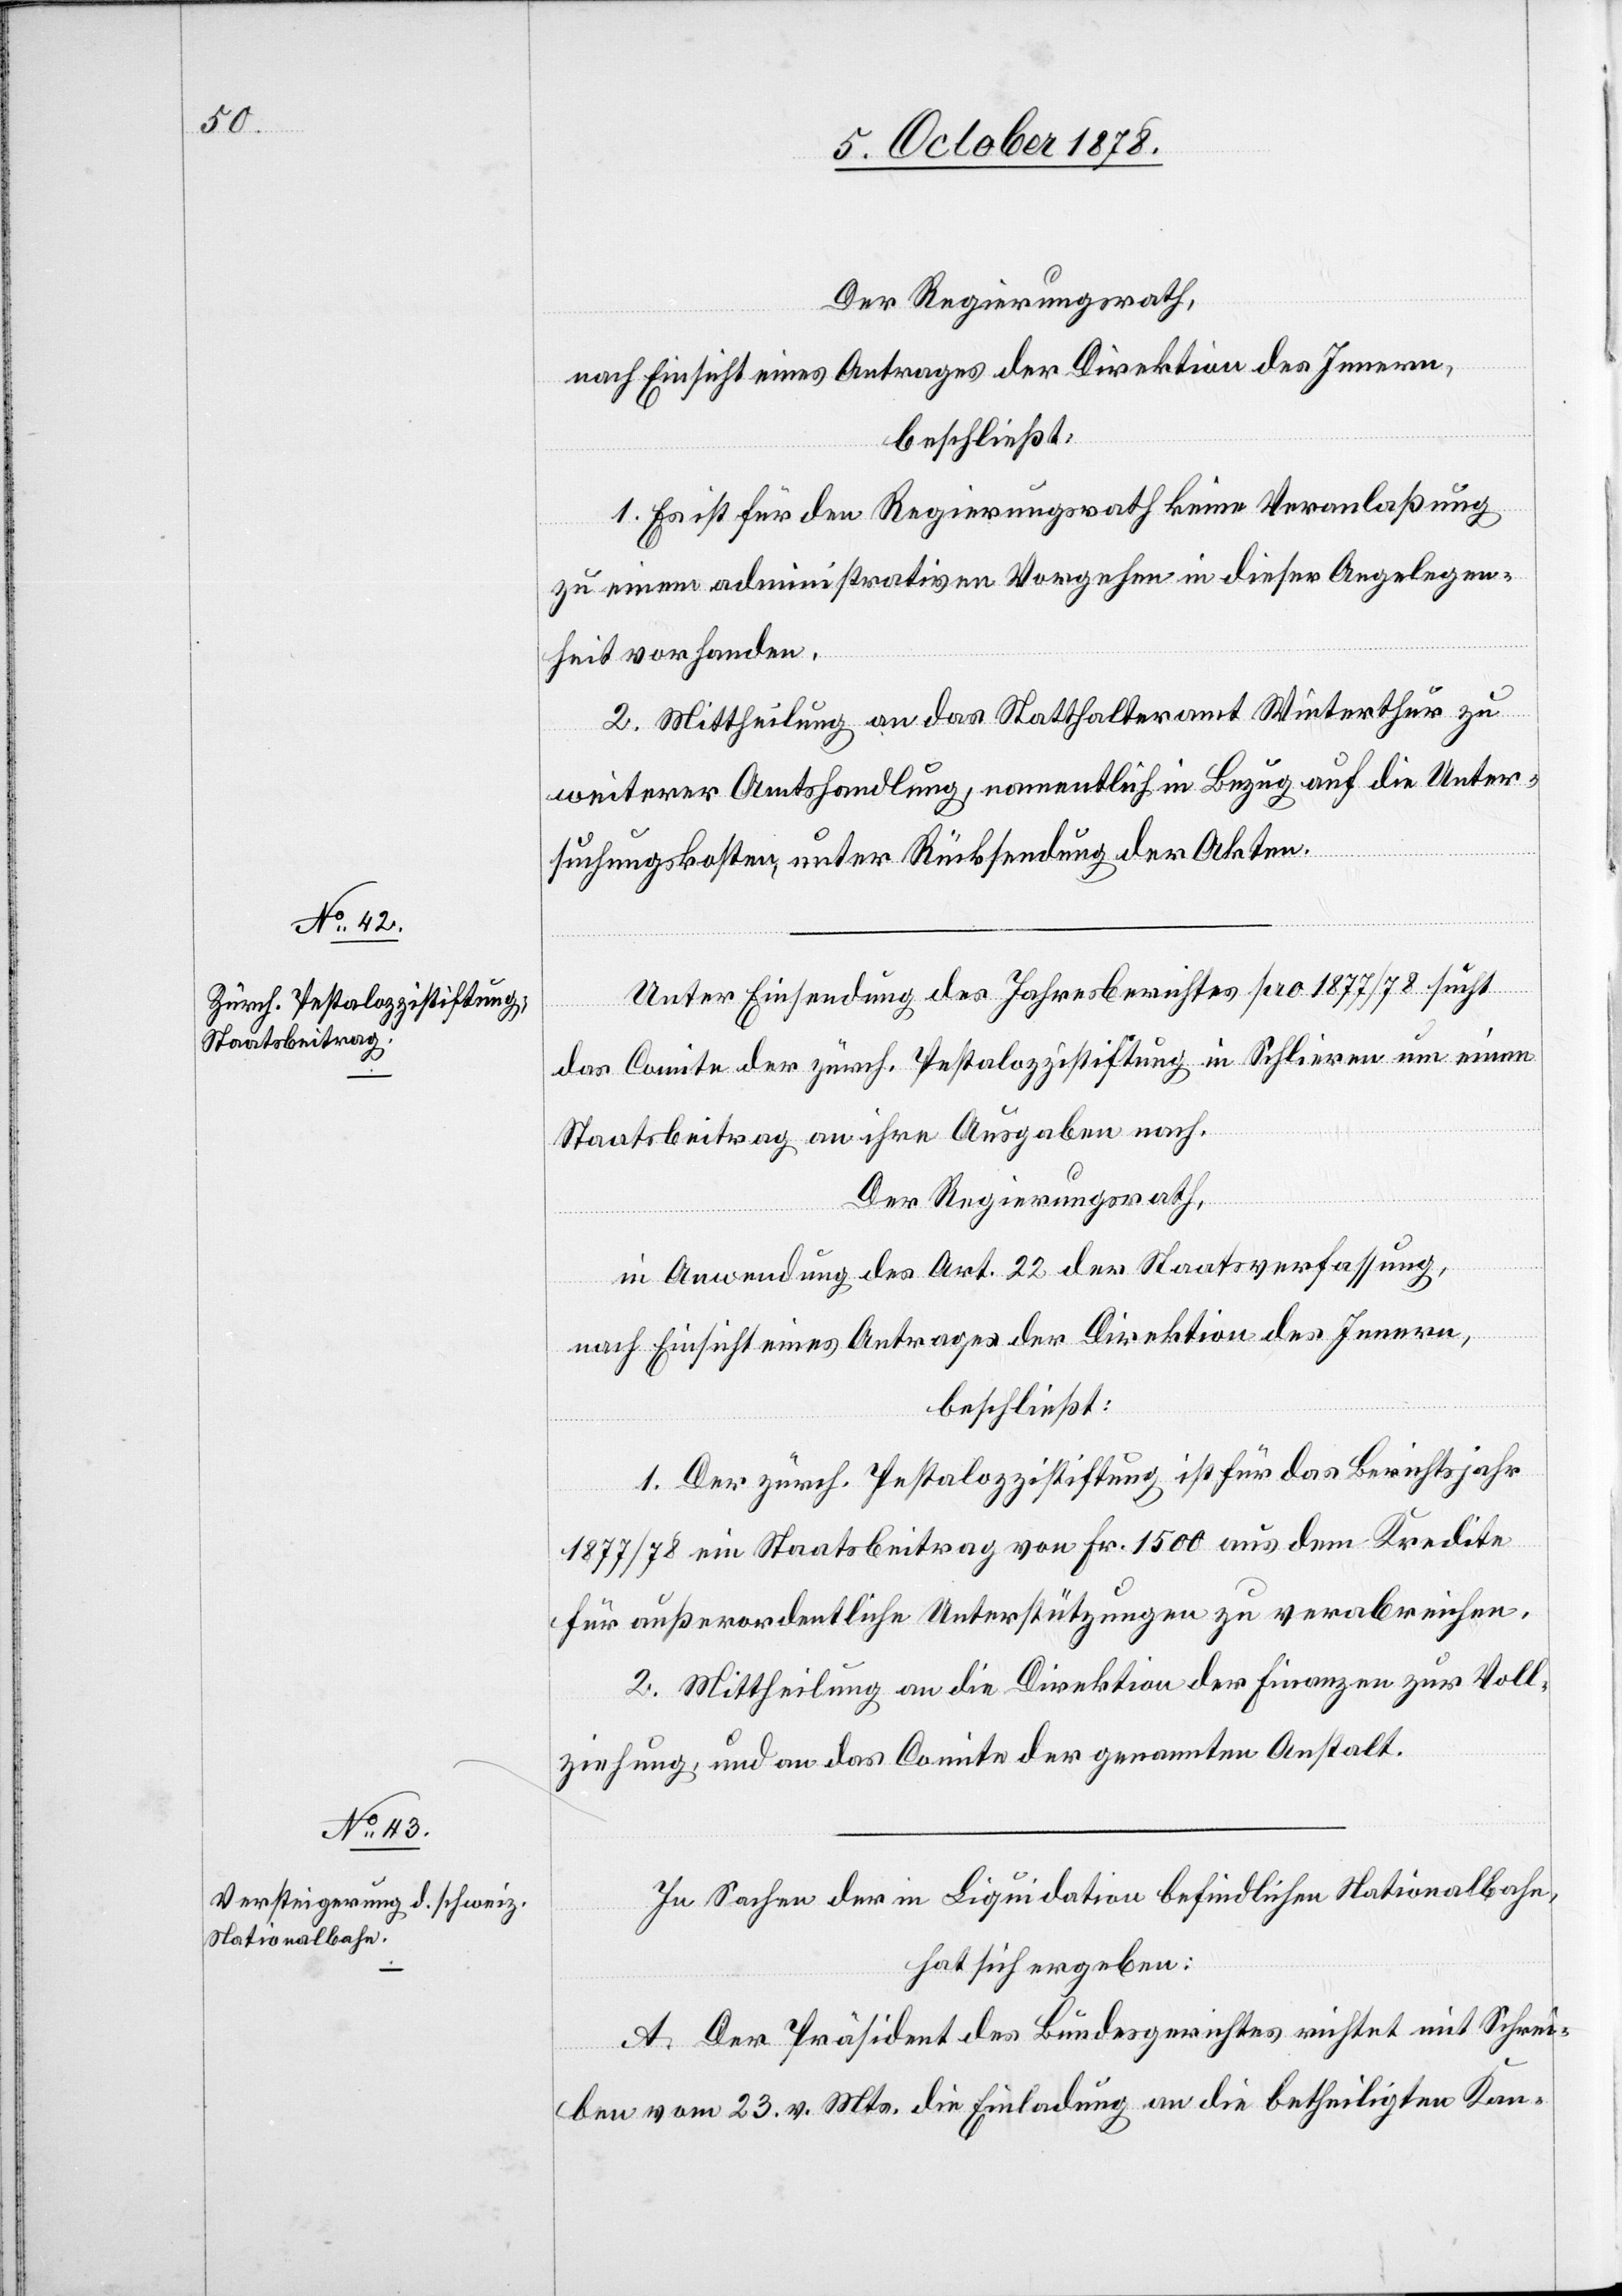
Der Regierungsrath,
nach Einsicht eines Antrages der Direktion des Innern,
beschließt:
1. Es ist für den Regierungsrath keine Veranlaßung
zu einem administrativen Vorgehen in dieser Angelegen¬
heit vorhanden.
2. Mittheilung an das Statthalteramt Winterthur zu
weiterer Amtshandlung, namentlich in Bezug auf die Unter¬
suchungskosten, unter Rücksendung der Akten.
Unter Einsendung des Jahresberichtes pro 1877/78 sucht
das Comite der zürch. Pestalozzistiftung in Schlieren um einen
Staatsbeitrag an ihre Ausgaben nach.
Der Regierungsrath,
in Anwendung des Art. 22 des Staatsverfassung,
nach Einsicht eines Antrages der Direktion des Innern,
beschließt:
1. Der zürch. Pestalozzistiftung ist für das Berichtsjahr
1877/78 ein Staatsbeitrag von Fr. 1500 aus dem Kredite
für außerordentliche Unterstützungen zu verabreichen.
2. Mittheilung an die Direktion der Finanzen zur Voll¬
ziehung und an das Comite der genannten Anstalt.
In Sachen der in Liquidation befindlichen Nationalbahn,
hat sich ergeben:
A. Der Präsident des Bundesgerichtes richtet mit Schrei¬
ben vom 23. v. Mts. die Einladung an die betheiligten Kan-